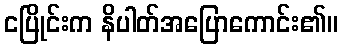
ငပြိုင်းက နိပါတ်အပြောကောင်း၏။